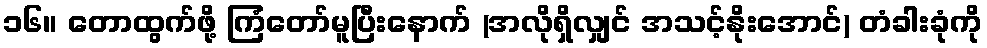
၁၆။ တောထွက်ဖို့ ကြံတော်မူပြီးနောက် (အလိုရှိလျှင် အသင့်နိုးအောင်) တံခါးခုံကို